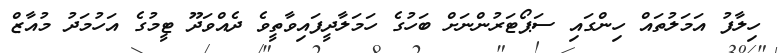
ހިލާފު އަމަލުތައް ހިންގައި ސަޕޯޓަރުންނަށް ބަހުގެ ހަމަލާދީފައިވާތީވެ ދެއްވަދޫ ޓީމުގެ އަހުމަދު މުއާޒް